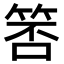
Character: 𬕃